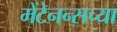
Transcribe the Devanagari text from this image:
मेंटेनन्सच्या